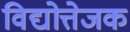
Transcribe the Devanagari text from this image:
विद्योत्तेजक